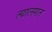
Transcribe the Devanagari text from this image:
त्यालगत